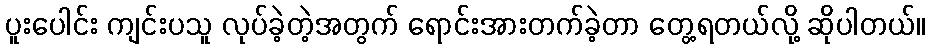
ပူးပေါင်း ကျင်းပသူ လုပ်ခဲ့တဲ့အတွက် ရောင်းအားတက်ခဲ့တာ တွေ့ရတယ်လို့ ဆိုပါတယ်။